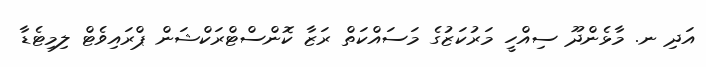
އަދި ނ. މާޅެންދޫ ސިއްހީ މަރުކަޒުގެ މަސައްކަތް ރަޒާ ކޮންސްޓްރަކްޝަން ޕްރައިވެޓް ލިމިޓެޑާ